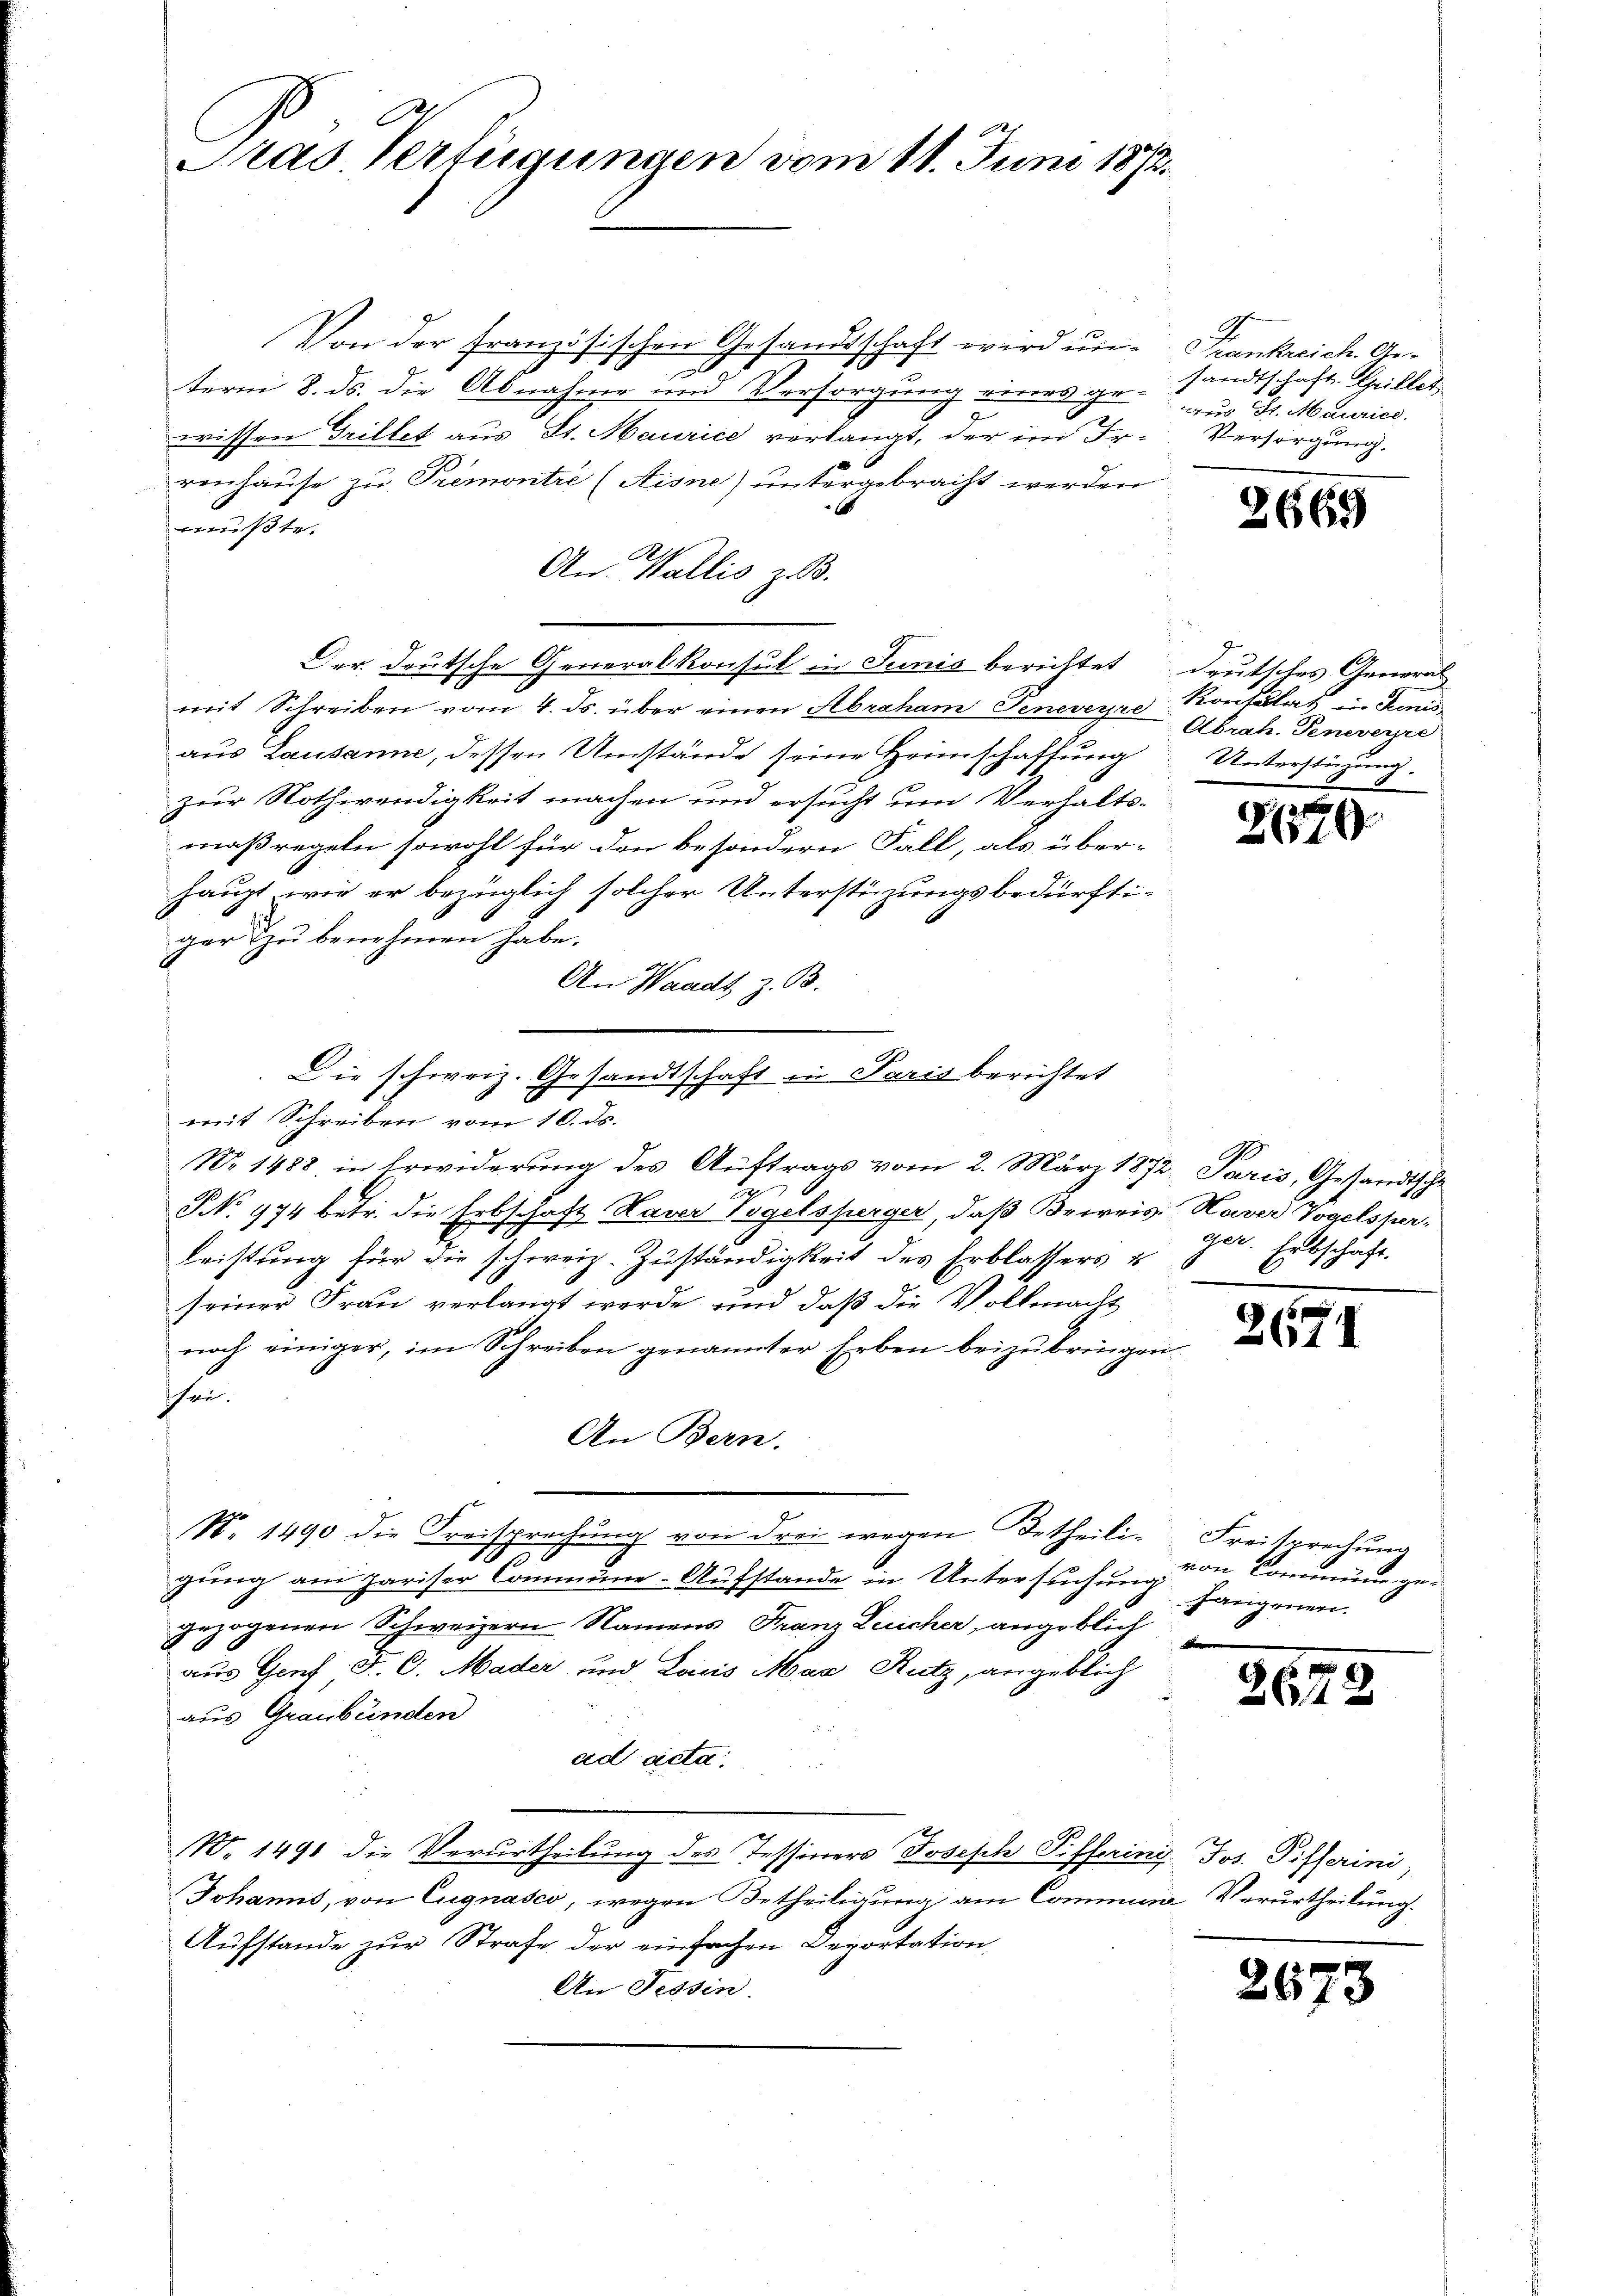
E
Pras Verfügungen vom 11. Juni 1872.

Von der französischen Gesandtschaft wird un¬

term 8. ds. die Abnahme und Versorgung eines gewissen Grillet aus St. Maurice verlangt, der im Ir-
renhause zu Premontre (Aisne) untergebracht werden
mußte.
An Wallis z. B.
Der deutsche Generalkonsul in Junis berichtet
mit Schreiben vom 4. ds. über einen Abraham Peneverze Konsulat in Junisaus Lausanne, dessen Umstände seine Heimschaffung
zur Nothwendigkeit machen und ersucht um Verhalts-
maßregeln sowohl für den besondern Fall, als über-
haupt wie er bezüglich solcher Unterstüzungsbedürfti-
ger zu benehmen habe.
An Waadt, z. B.
mit Schreiben vom 10. ds.
No. 1488 in Erwiderung des Auftrags vom 2. März 1872 Paris, Gesandtsche
8
NNo. 974 betr. die Erbschaft Kaver Vogelsperger, daß Beireis: Haver Vogelsper¬
Leistung für die schweiz. Zuständigkeit des Erblassers u
seiner Frau verlangt werde, und daß die Vollmacht
noch einiger, im Schreiben genannter Erben beizubringen.
Thee.
An Bern.
NNo. 1490 die Freisprechung von drei wegen Betheiligung am pariser Commune-Aufstande in Untersuchung
gezogenen Schweizern Namens Franz Leicher, angeblich
aus Genf. F. C. Mader und Louis Max Rutz, angeblich
aus Graubünden
ad acta.
N. 1491 die Verurtheilung des Tessiners Joseph Piffering Jos. Pifferini,
Johanns, von Eugnasco, wegen Betheiligung am Commune Verurtheilung.
Aufstande zur Strafe der einfachen Deportation
An Tessin

Die schweiz. Gesandtschaft in Paris berichtet

Frankreich. Gesandtschaft. Grillet
aus Dr. Maurice.
Versorgung.

3665

deutsches General- |
Abrah. Geneverd
Unterstüzung.

2670

ger. Entschaft.

267

Freisprechung
von Commine gefangenen.

267

260